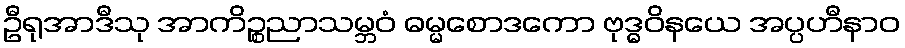
ဦရုအာဒီသု အာကိဉ္စညာသမ္ဘဝံ ဓမ္မစောဒကော ဗုဒ္ဓဝိနယေ အပ္ပဟီနာဝ